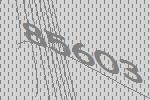
85603